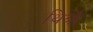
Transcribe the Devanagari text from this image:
थिबौ